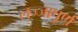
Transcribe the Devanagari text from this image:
लज्जापूर्ण